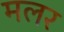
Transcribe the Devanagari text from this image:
मलर